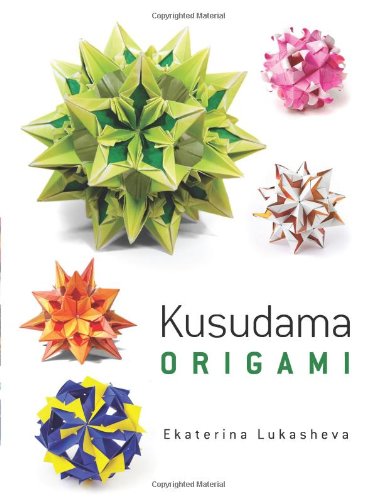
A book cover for Dover Kusudama Origami Book (Dover Books on Papercraft and Origami); Ekaterina Lukasheva; Crafts, Hobbies & Home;